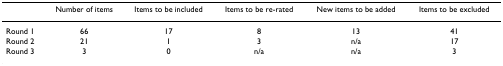
<table><thead><tr><td></td><td><b>Number of items</b></td><td><b>Items to be included</b></td><td><b>Items to be re-rated</b></td><td><b>New items to be added</b></td><td><b>Items to be excluded</b></td></tr></thead><tbody><tr><td>Round 1</td><td>66</td><td>17</td><td>8</td><td>13</td><td>41</td></tr><tr><td>Round 2</td><td>21</td><td>1</td><td>3</td><td>n/a</td><td>17</td></tr><tr><td>Round 3</td><td>3</td><td>0</td><td>n/a</td><td>n/a</td><td>3</td></tr></tbody></table>